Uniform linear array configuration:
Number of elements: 24
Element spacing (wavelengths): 0.25
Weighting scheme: hann
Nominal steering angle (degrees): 15
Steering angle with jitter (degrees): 13.088
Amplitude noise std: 0.05
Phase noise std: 0.05

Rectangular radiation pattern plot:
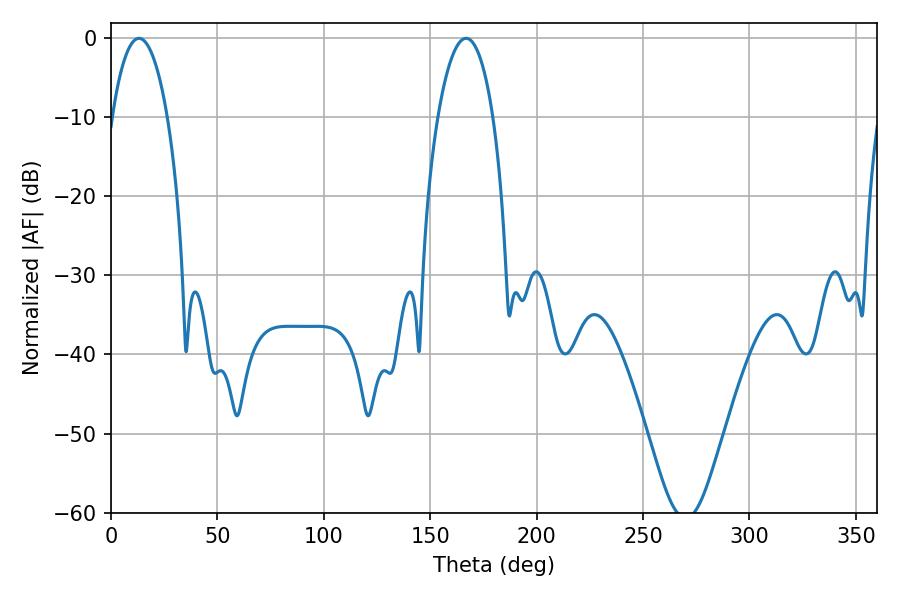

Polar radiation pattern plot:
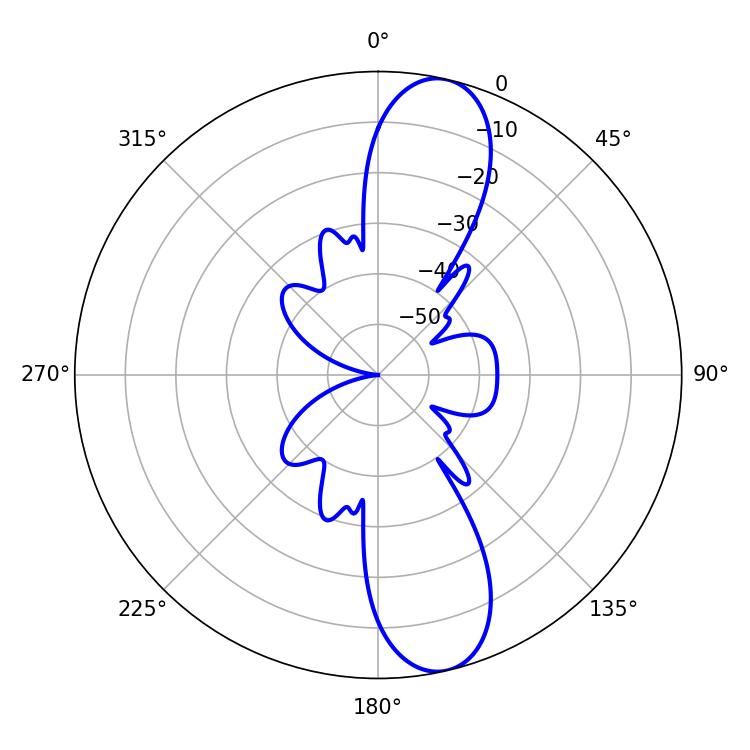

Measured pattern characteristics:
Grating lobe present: FALSE
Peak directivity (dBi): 12.1
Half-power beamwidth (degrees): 14.58
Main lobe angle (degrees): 13.14